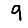
Digit: 9